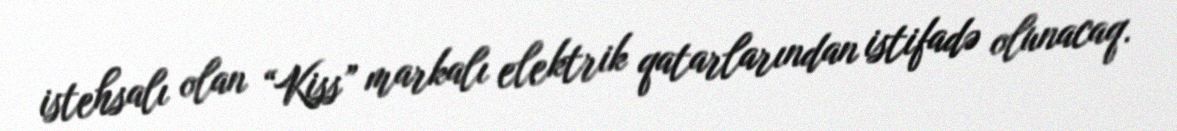
istehsalı olan “Kiss” markalı elektrik qatarlarından istifadə olunacaq.